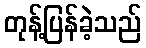
တုန့်ပြန်ခဲ့သည်